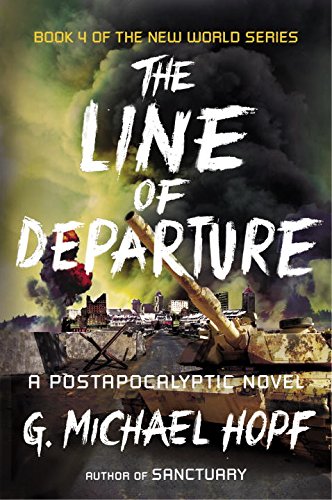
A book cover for The Line of Departure: A Postapocalyptic Novel (The New World Series); G. Michael Hopf; Science Fiction & Fantasy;